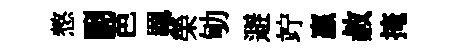
憗劂芭羈榮劬避竚贏赦掩